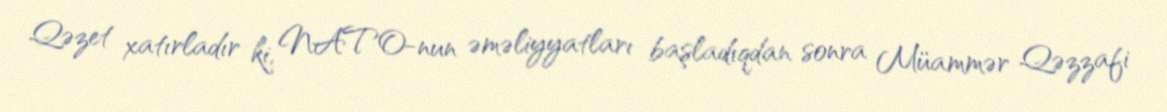
Qəzet xatırladır ki, NATO-nun əməliyyatları başladıqdan sonra Müammər Qəzzafi